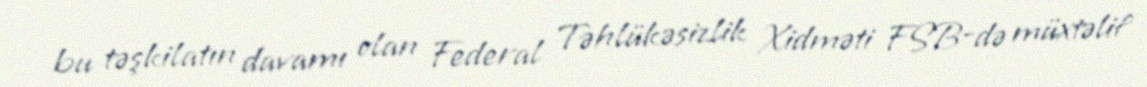
bu təşkilatın davamı olan Federal Təhlükəsizlik Xidməti FSB-də müxtəlif